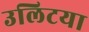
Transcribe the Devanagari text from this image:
उलिटया